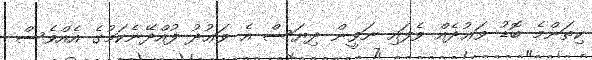
ކިތަންމެ ބޮޑު ވަޢުދެއް ވެފައި ނަވީން ދިޔަސް އެ ވަޢުދު ފުއްދޭނެކަމުގެ އެއްވެސް